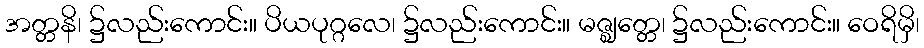
အတ္တနိ၊ ၌လည်းကောင်း။ ပိယပုဂ္ဂလေ၊ ၌လည်းကောင်း။ မဇ္ဈတ္တေ၊ ၌လည်းကောင်း။ ဝေရိမှိ၊